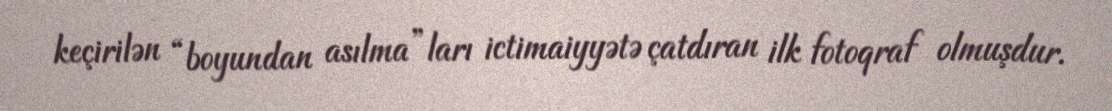
keçirilən “boyundan asılma”ları ictimaiyyətə çatdıran ilk fotoqraf olmuşdur.